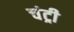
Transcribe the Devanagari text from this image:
चंट्री